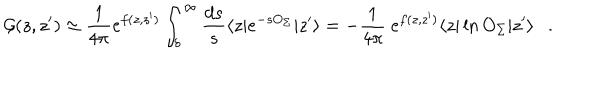
LaTeX: { \cal G } ( z , z ^ { \prime } ) \simeq { \frac { 1 } { 4 \pi } } e ^ { f ( z , z ^ { \prime } ) } \int _ { \delta } ^ { \infty } { \frac { d s } { s } } \langle z | e ^ { - s O _ { \Sigma } } | z ^ { \prime } \rangle = - { \frac { 1 } { 4 \pi } } ~ e ^ { f ( z , z ^ { \prime } ) } \langle z | \ln O _ { \Sigma } | z ^ { \prime } \rangle .